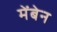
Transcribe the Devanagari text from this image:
मेंबेन